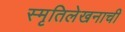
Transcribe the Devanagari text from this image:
स्मृतिलेखनाची